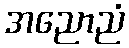
အညောညံ